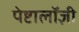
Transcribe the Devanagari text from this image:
पेष्टालॉज़ी